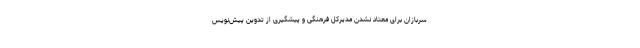
سربازان برای معتاد نشدن مدیرکل فرهنگی و پیشگیری از تدوین پیش‌نویس